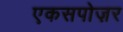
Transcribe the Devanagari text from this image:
एकसपोज़र